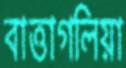
বাত্তাগলিয়া